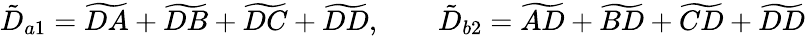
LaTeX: \tilde{D}_{a1}=\widetilde{DA}+\widetilde{DB}+\widetilde{DC}+\widetilde{DD},\qquad\tilde{D}_{b2}=\widetilde{AD}+\widetilde{BD}+\widetilde{CD}+\widetilde{DD}